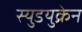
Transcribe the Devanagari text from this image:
स्युडयुक्रेन